Annual report of the Punjab Veterinary College and of the Civil Veterinary Department, Punjab - 1909-1919
Year: 1909
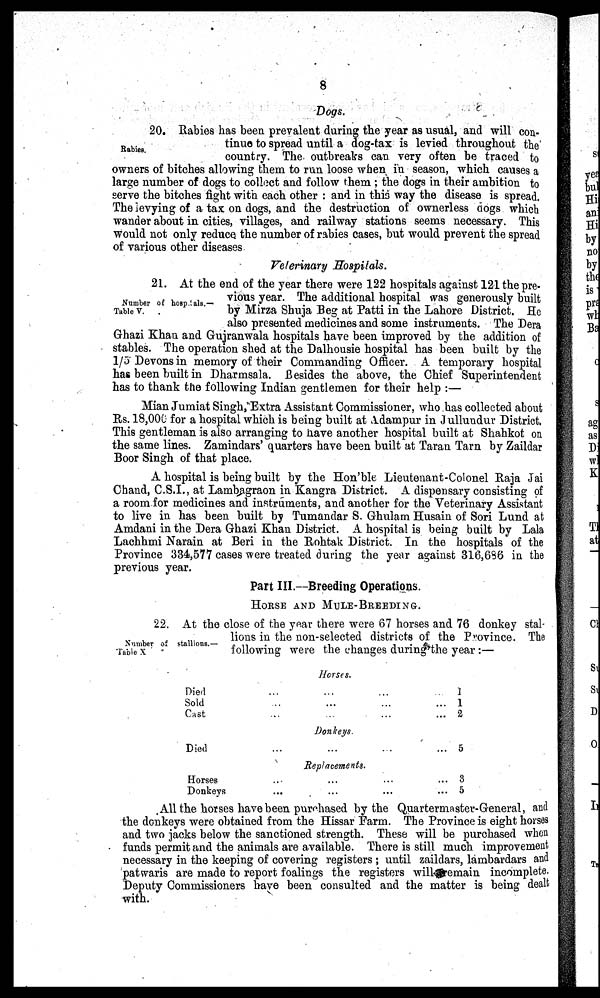
8
Dogs.
Rabies.
20. Rabies has been prevalent during the year as usual, and will con-
tinue to spread until a dog-tax is levied throughout the
country. The outbreaks can very often be traced to
owners of bitches allowing them to run loose when in season, which causes a
large number of dogs to collect and follow them ; the dogs in their ambition to
serve the bitches fight with each other : and in this way the disease is spread.
The levying of a tax on dogs, and the destruction of ownerless dogs which
wander about in cities, villages, and railway stations seems necessary. This
would not only reduce the number of rabies cases, but would prevent the spread
of various other diseases
Veterinary Hospitals.
Number of hospitals.—
Table V.
21. At the end of the year there were 122 hospitals against 121 the pre-
vious year. The additional hospital was generously built
by Mirza Shuja Beg at Patti in the Lahore District. He
also presented medicines and some instruments. The Dera
Ghazi Khan and Gujranwala hospitals have been improved by the addition of
stables. The operation shed at the Dalhousie hospital has been built by the
1/5 Devons in memory of their Commanding Officer. A temporary hospital
has been built in Dharmsala. Besides the above, the Chief Superintendent
has to thank the following Indian gentlemen for their help :—
Mian Jumiat Singh, Extra Assistant Commissioner, who has collected about
Rs. 18,000 for a hospital which is being built at Adampur in Jullundur District.
This gentleman is also arranging to have another hospital built at Shahkot on
the same lines. Zamindars' quarters have been built at Taran Tarn by Zaildar
Boor Singh of that place.
A hospital is being built by the Hon'ble Lieutenant-Colonel Raja Jai
Chand, C.S.I., at Lambagraon in Kangra District. A dispensary consisting of
a room for medicines and instruments, and another for the Veterinary Assistant
to live in has been built by Tumandar S. Ghulam Husain of Sori Lund at
Amdani in the Dera Ghazi Khan District. A hospital is being built by Lala
Lachhmi Narain at Beri in the Rohtak District. In the hospitals of the
Province 334,577 cases were treated during the year against 316,686 in the
previous year.
Part III.—Breeding Operations.
HORSE AND MULE-BREEDING.
Number of stallions.—
Table X
22. At the close of the year there were 67 horses and 76 donkey stal-
lions in the non-selected districts of the Province. The
following were the changes during the year :—
Horses.
Died
Sold
Cast
Died
Horses
Donkeys
...
...
...
...
...
...
...
...
Donkeys.
...
Beplacements.
...
...
...
...
...
...
...
...
... 1
... 1
... 2
... 5
... 3
... 5
.All the horses have been purchased by the Quartermaster-General, and
the donkeys were obtained from the Hissar Farm. The Province is eight horses
and two jacks below the sanctioned strength. These will be purchased when
funds permit and the animals are available. There is still much improvement
necessary in the keeping of covering registers ; until zaildars, lambardars and
patwaris are made to report foalings the registers will remain incomplete.
Deputy Commissioners have been consulted and the matter is being dealt
with.